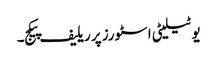
یوٹیلیٹی اسٹورز پر ریلیف پیکج۔